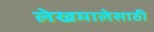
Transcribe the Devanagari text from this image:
लेखमालेसाठी